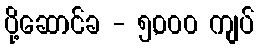
ပို့ဆောင်ခ - ၅,၀၀၀ ကျပ်